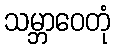
သမ္ဘာဝေတုံ